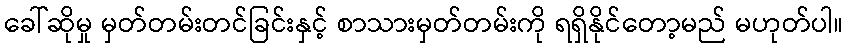
ခေါ်ဆိုမှု မှတ်တမ်းတင်ခြင်းနှင့် စာသားမှတ်တမ်းကို ရရှိနိုင်တော့မည် မဟုတ်ပါ။